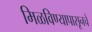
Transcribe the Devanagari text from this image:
मिळविण्यापासूनचे